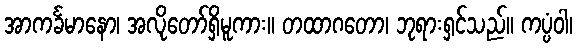
အာကင်္ခမာနော၊ အလိုတော်ရှိမူကား။ တထာဂတော၊ ဘုရားရှင်သည်။ ကပ္ပံဝါ၊